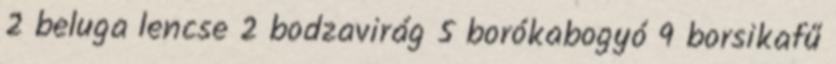
2 beluga lencse 2 bodzavirág 5 borókabogyó 9 borsikafű